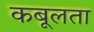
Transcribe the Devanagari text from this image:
कबूलता